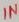
Text: IN